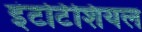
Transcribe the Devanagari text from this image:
इंटर्टिशियल